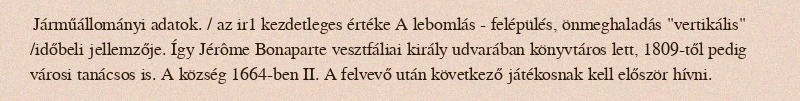
Járműállományi adatok. / az ir1 kezdetleges értéke A lebomlás - felépülés, önmeghaladás "vertikális" /időbeli jellemzője. Így Jérôme Bonaparte vesztfáliai király udvarában könyvtáros lett, 1809-től pedig városi tanácsos is. A község 1664-ben II. A felvevő után következő játékosnak kell először hívni.